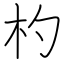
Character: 杓